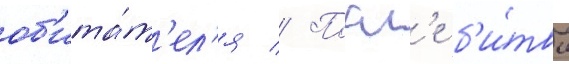
об'ита́т'ел'я // Посл'е б'и́твы